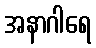
အနာဂါရေ